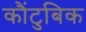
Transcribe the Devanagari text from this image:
कौंटुबिक